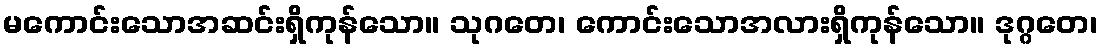
မကောင်းသောအဆင်းရှိကုန်သော။ သုဂတေ၊ ကောင်းသောအလားရှိကုန်သော။ ဒုဂ္ဂတေ၊